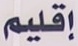
إقليم